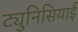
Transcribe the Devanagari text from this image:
ट्युनिसियाई